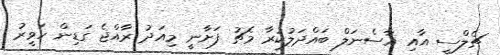
ޗެލްސީ އާއި އާސެނަލް ބައްދަލުކުރާ މެޗު ފަށާނީ މިއަދު ރާއްޖެ ގަޑިން ހަވީރު